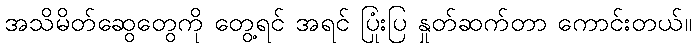
အသိမိတ်ဆွေတွေကို တွေ့ရင် အရင် ပြုံးပြ နှုတ်ဆက်တာ ကောင်းတယ်။